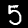
Digit: 5